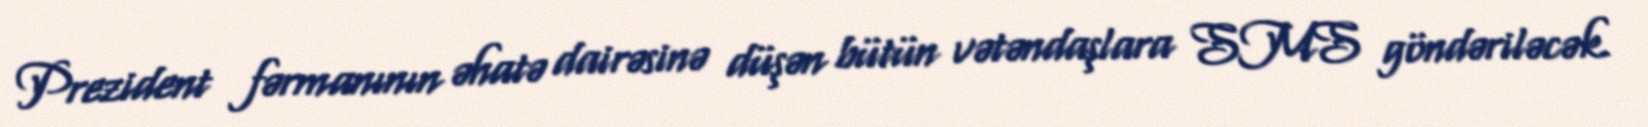
Prezident fərmanının əhatə dairəsinə düşən bütün vətəndaşlara SMS göndəriləcək.